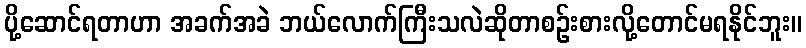
ပို့ဆောင်ရတာဟာ အခက်အခဲ ဘယ်လောက်ကြီးသလဲဆိုတာစဉ်းစားလို့တောင်မရနိုင်ဘူး။